Vaccination in Bombay 1889-1901 - 1889-1901
Year: 1889
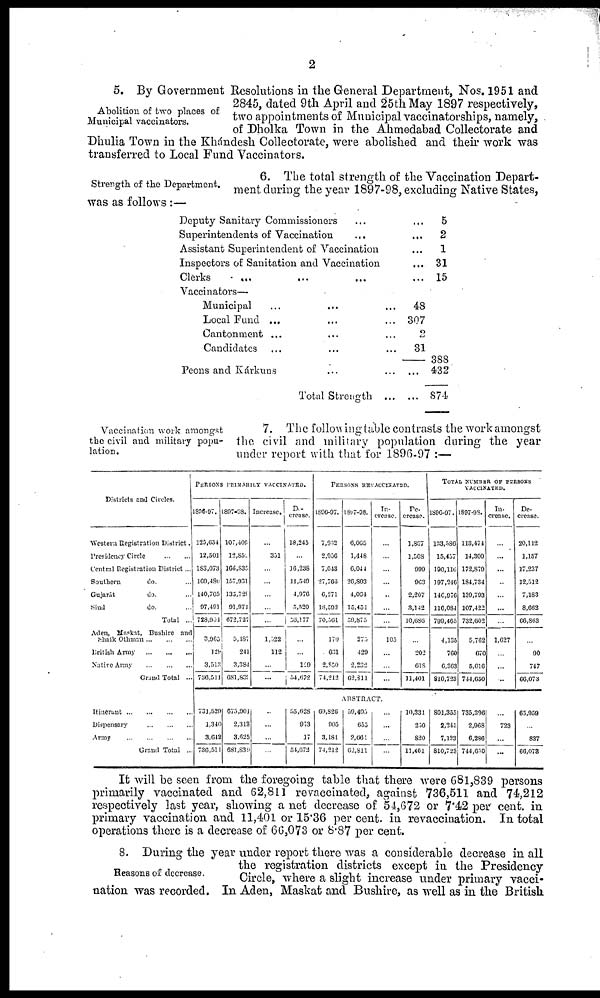
2
Abolition of two places of
Municipal vaccinators.
5. By Government Resolutions in the General Department, Nos. 1951 and
2845, dated 9th April and 25th May 1897 respectively,
two appointments of Municipal vaccinatorships, namely,
of Dholka Town in the Ahmedabad Collectorate and
Dhulia Town in the Khándesh Collectorate, were abolished and their work was
transferred to Local Fund Vaccinators.
Strength of the Department.
6. The total strength of the Vaccination Depart-
ment during the year 1897-98, excluding Native States,
was as follows :—
Deputy Sanitary Commissioners ...
Superintendents of Vaccination
...
Assistant Superintendent of Vaccination
Inspectors of Sanitation and Vaccination
Clerks
...
Vaccinators—
Municipal ... ... ...
Local Fund ... ... ...
Cantonment ... ... ...
Candidates ... ... ...
Peons and Kárkuns
...
...
Total Strength
...
...
...
...
...
...
48
307
2
31
...
...
5
2
1
31
15
388
432
874
Vaccination work amongst
the civil and military popu-
lation.
7. The following table contrasts the work amongst
the civil and military population during the year
under report with that for 1896-97 :—
Districts and Circles.
Western Registration District.
Presidency Circle
...
...
Central Registration District...
Southern
do. ...
Gujarát
do. ...
Sind
do. ...
Total ...
Aden, Maskat, Bushire and
Shaik Othman
...
...
...
British Army
...
...
...
Native Army
...
...
...
Grand Total ...
Itinerant
...
...
...
...
Dispensary
...
...
...
Army
...
...
...
...
Grand Total ...
PERSONS PRIMARILY.
VACCINATED.
1896-97.
125,654
12,501
183,073
169,4S0
140,705
97,491
728,904
3,965
129
3,513
736,511
731,529
1,340
3,612
736,511
1897-98.
107,409
12,850.
106,835
157,931
135,720
91,071
672,727
5,187
241
3,384
681,830
675,901
2,313
3,625
681,839
Increase.
...
351
...
...
...
...
...
1,522
112
...
...
...
...
...
...
De-
crease.
18,245
...
16,238
11,549
4,976
5,520
56,177
...
...
129
54,672
55,628
973
17
51,672
PERSONS REVACCINATED.
1896-97.
7,932
2,956
7,043
27,766
6,271
18,593
70,561
170
631
2,850
74,212
1897-98.
6,065
1,448
6,044
26,803
4,064
15,451
59,875
275
429
2,232
62,311
In-
crease.
...
...
...
...
...
...
...
105
...
...
...
ABSTRACT.
69,826
905
3,181
74,212
59,495
655
2,661
62,811
...
...
...
...
De-
crease.
1,867
1,508
999
963
2,207
3,142
10,686
...
202
618
11,401
10,331
230
820
11,401
TOTAL NUMBER OF PERSONS
VACCINATED.
1896-97.
133,186
15,457
190,116
197,216
146,976
116,084
799,405
4,135
760
6,363
810,723
1897-98.
113,471
14,300
172,870
184,734
139,793
107,422
732,602
5,762
670
5,010
744,650
801,355
2,245
7,123
810,723
735,390
2,968
6,286
744,650
In-
crease.
...
...
...
...
...
...
...
1,627
...
...
...
De-
crease.
20,112
1,157
17,237
12,512
7,183
8,662
66,863
...
90
747
66,073
...
723
...
...
65,959
...
837
66,073
It will be seen from the foregoing table that there were 681,839 persons
primarily vaccinated and 62,811 re vaccinated, against 736,511 and 74,212
respectively last year, showing a net decrease of 54,672 or 7.42 per cent. in
primary vaccination and 11,401 or 15.36 per cent. in revaccination. In total
operations there is a decrease of 66,073 or 8.87 per cent.
Reasons of decrease.
8. During the year under report there was a considerable decrease in all
the registration districts except in the Presidency
Circle, where a slight increase under primary vacci-
nation was recorded. In Aden, Maskat and Bushire, as well as in the British